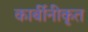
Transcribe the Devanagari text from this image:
कार्बीनीकृत